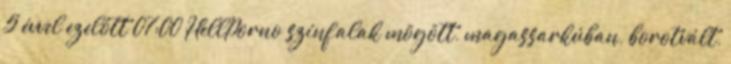
5 évvel ezelőtt 07:00 HellPorno színfalak mögött, magassarkúban, borotvált,